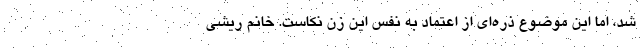
شد، اما این موضوع ذره‌ای از اعتماد به نفس این زن نکاست. خانم ریشی